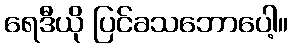
ရေဒီယို ပြင်ခသဘောပေါ့။